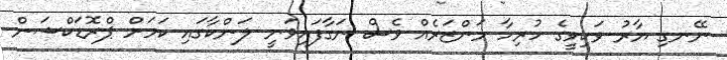
ނޭނގި ޔާރު ވަކިވީގެ ހުރިހާ މަންޒަރެއް ވެސް ނަގާފައިވަނީ ލަންކާގައި ކަމަށް ޕްރޮޑަކްޝަން